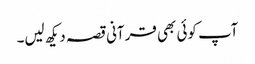
آپ کوئی بھی قرآنی قصہ دیکھ لیں۔